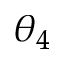
\theta _ { 4 }